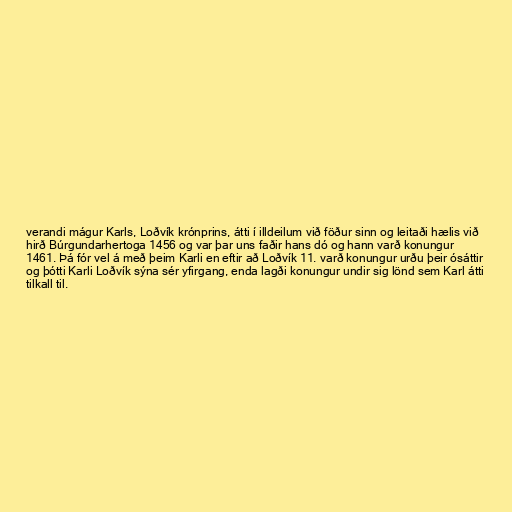
verandi mágur Karls, Loðvík krónprins, átti í illdeilum við föður sinn og leitaði hælis við
hirð Búrgundarhertoga 1456 og var þar uns faðir hans dó og hann varð konungur
1461. Þá fór vel á með þeim Karli en eftir að Loðvík 11. varð konungur urðu þeir ósáttir
og þótti Karli Loðvík sýna sér yfirgang, enda lagði konungur undir sig lönd sem Karl átti
tilkall til.